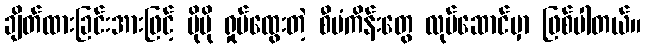
ချိတ်ထားခြင်းအားဖြင့် ပိုမို ရှုပ်ထွေးတဲ့ စီမံကိန်းတွေ လုပ်ဆောင်မှာ ဖြစ်ပါတယ်။